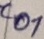
Text: C01